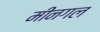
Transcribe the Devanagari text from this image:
मीनगल